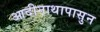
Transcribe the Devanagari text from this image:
आदीनाथापासुन